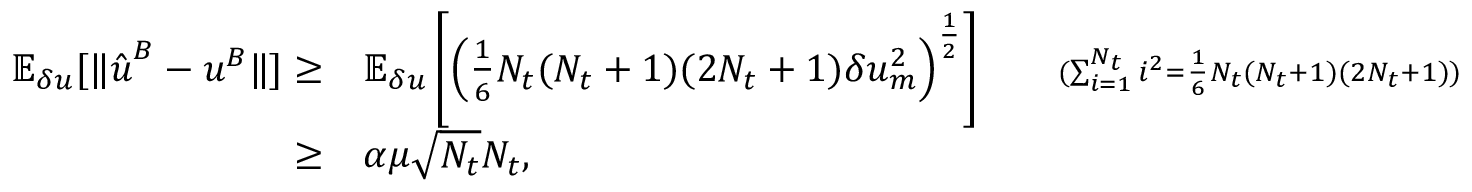
\begin{array} { r l r } { \mathbb { E } _ { \delta u } [ \| \hat { \boldsymbol { u } } ^ { B } - \boldsymbol { u } ^ { B } \| ] \ge } & { \mathbb { E } _ { \delta u } \left[ \left( \frac { 1 } { 6 } N _ { t } ( N _ { t } + 1 ) ( 2 N _ { t } + 1 ) \delta u _ { m } ^ { 2 } \right) ^ { \frac { 1 } { 2 } } \right] } & { \quad { \scriptstyle ( \sum _ { i = 1 } ^ { N _ { t } } i ^ { 2 } = \frac { 1 } { 6 } N _ { t } ( N _ { t } + 1 ) ( 2 N _ { t } + 1 ) ) } } \\ { \ge } & { \alpha \mu \sqrt { N _ { t } } N _ { t } , } \end{array}